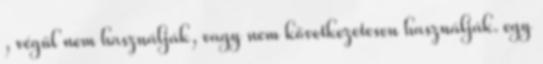
, végül nem használják, vagy nem következetesen használják. egy